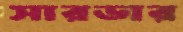
সারডার